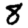
Digit: 8